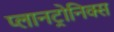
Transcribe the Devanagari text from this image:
प्लानट्रोनिक्स